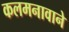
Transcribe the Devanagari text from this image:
कलमनावाने